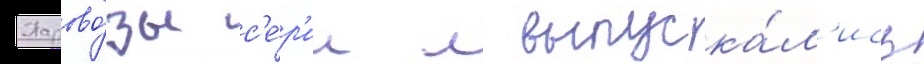
Парово́зы с'е́р'ии л выпуска́л'ись